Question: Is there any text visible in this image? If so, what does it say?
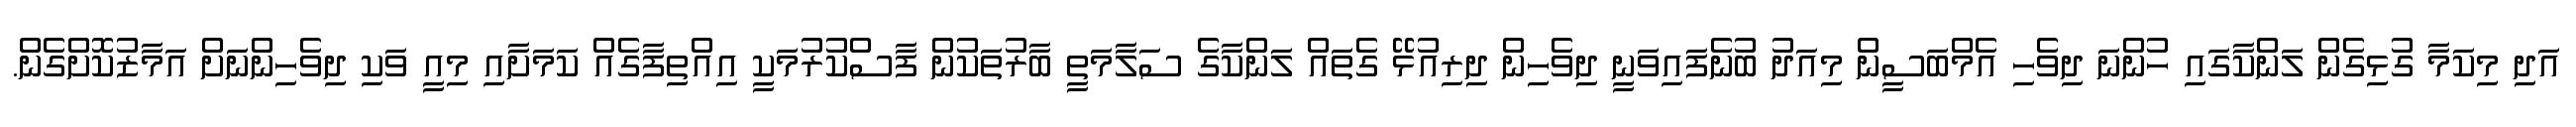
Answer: އަދި މިކަމާ ގުޅިގެން ލަންކާގައި ހުންނަ ދިވެހި އެމްބަސީން މިއަދު ބުނެފައިވަނީ ދިވެހިން ދިރިއުޅޭ ގެތައް ލަންކާގެ ސަލާމަތީ ބާރުތަކުން ފާސްކުރުމަކީ އިއްތިފާގެއް ކަމަށާއި މިއީ ވަކި ދިވެހިންނަށް އަމާޒުކޮށްގެން.